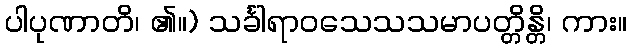
ပါပုဏာတိ၊ ၏။) သင်္ခါရာဝသေသသမာပတ္တိန္တိ၊ ကား။